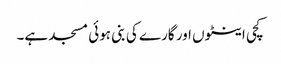
کچی اینٹوں اور گارے کی بنی ہوئی مسجد ہے۔